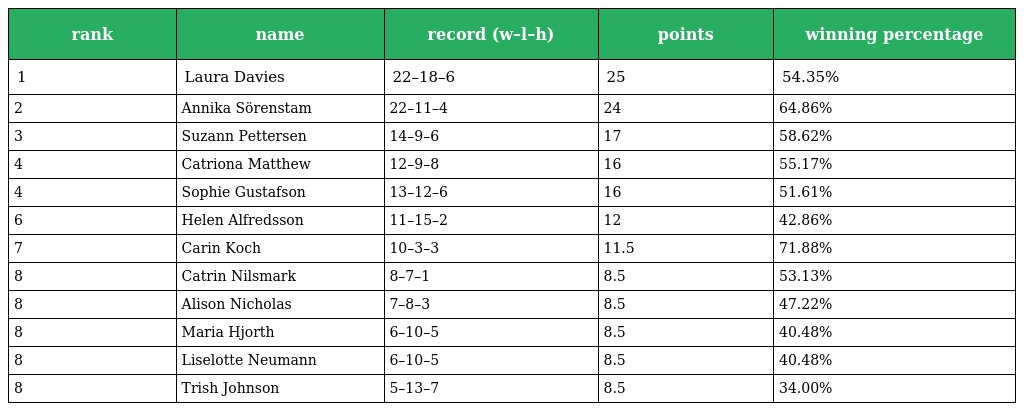
| rank | name | record (w–l–h) | points | winning percentage |
 | --- | --- | --- | --- | --- |
 | 1 | Laura Davies | 22–18–6 | 25 | 54.35% |
 | 2 | Annika Sörenstam | 22–11–4 | 24 | 64.86% |
 | 3 | Suzann Pettersen | 14–9–6 | 17 | 58.62% |
 | 4 | Catriona Matthew | 12–9–8 | 16 | 55.17% |
 | 4 | Sophie Gustafson | 13–12–6 | 16 | 51.61% |
 | 6 | Helen Alfredsson | 11–15–2 | 12 | 42.86% |
 | 7 | Carin Koch | 10–3–3 | 11.5 | 71.88% |
 | 8 | Catrin Nilsmark | 8–7–1 | 8.5 | 53.13% |
 | 8 | Alison Nicholas | 7–8–3 | 8.5 | 47.22% |
 | 8 | Maria Hjorth | 6–10–5 | 8.5 | 40.48% |
 | 8 | Liselotte Neumann | 6–10–5 | 8.5 | 40.48% |
 | 8 | Trish Johnson | 5–13–7 | 8.5 | 34.00% |